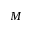
M